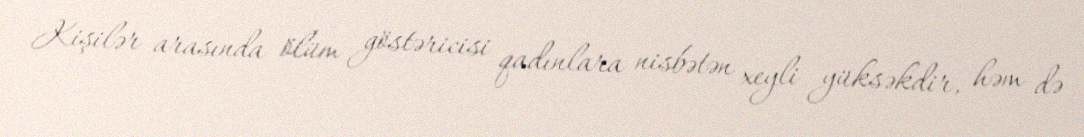
Kişilər arasında ölüm göstəricisi qadınlara nisbətən xeyli yüksəkdir, həm də